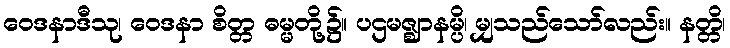
ဝေဒနာဒီသု၊ ဝေဒနာ စိတ္တ ဓမ္မတို့၌။ ပဌမဇ္ဈာနမ္ပိ၊ မျှသည်သော်လည်း။ နတ္တိ၊